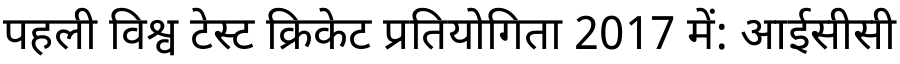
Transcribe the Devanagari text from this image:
पहली विश्व टेस्ट क्रिकेट प्रतियोगिता 2017 में: आईसीसी